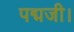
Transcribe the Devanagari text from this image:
पद्मजी।